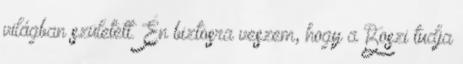
világban született. Én biztosra veszem, hogy a Boszi tudja